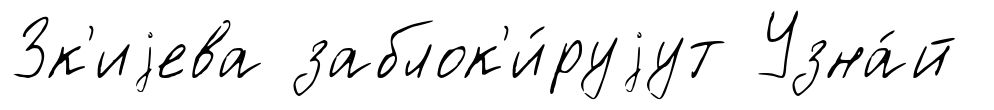
Зк'иjева заблок'и́руjут Узна́й